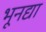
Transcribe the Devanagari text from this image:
भूनद्या